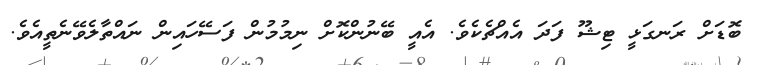
ބޮޑަށް ރަނގަޅީ ޓިޝޫ ފަދަ އެއްޗެކެވެ. އެއީ ބޭނުންކޮށް ނިމުމުން ފަސޭހައިން ނައްތާލެވޭނެތީއެވެ.